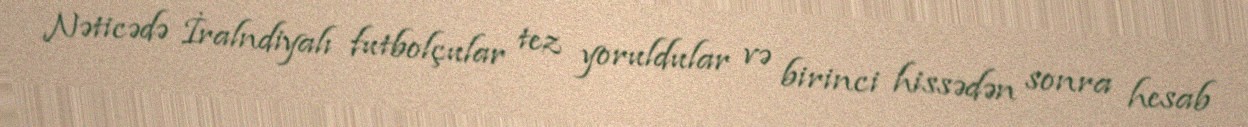
Nəticədə İralndiyalı futbolçular tez yoruldular və birinci hissədən sonra hesab